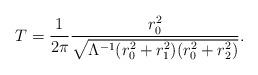
LaTeX: \begin{align*}T = \frac{1}{2 \pi} \frac{r_0^2}{\sqrt{\Lambda^{-1}(r_0^2 + r_1^2 ) (r_0^2 + r_2^2 )} } .\end{align*}